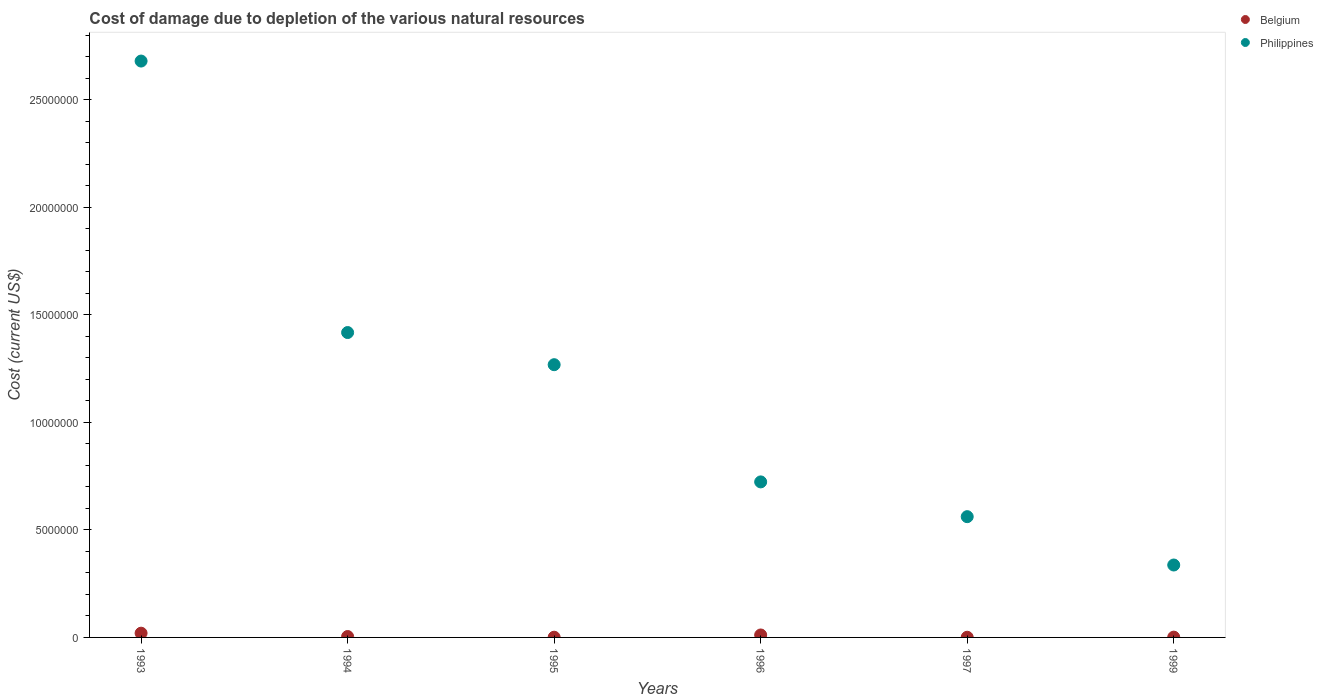
| Years | Belgium | Philippines |
 | --- | --- | --- |
 | 1993 | 1.97e+05 | 2.68e+07 |
 | 1994 | 4.19e+04 | 1.42e+07 |
 | 1995 | 1.01e+04 | 1.27e+07 |
 | 1996 | 1.14e+05 | 7.23e+06 |
 | 1997 | 7.66e+03 | 5.62e+06 |
 | 1999 | 1.35e+04 | 3.37e+06 |